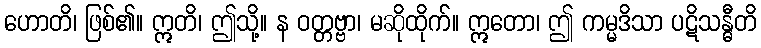
ဟောတိ၊ ဖြစ်၏။ ဣတိ၊ ဤသို့။ န ဝတ္တဗ္ဗာ၊ မဆိုထိုက်။ ဣတော၊ ဤ ကမ္မဒိသာ ပဋိသန္ဓီတိ